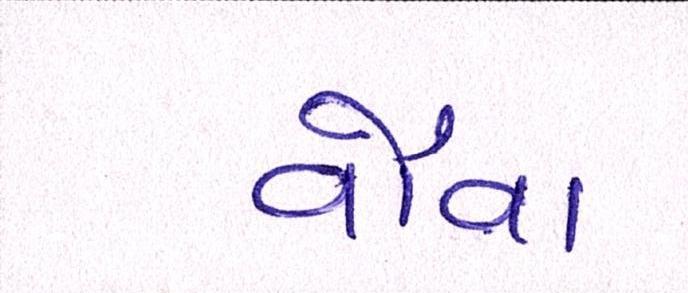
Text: વૌવા